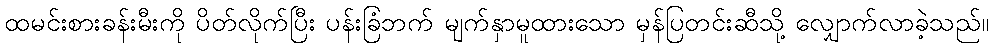
ထမင်းစားခန်းမီးကို ပိတ်လိုက်ပြီး ပန်းခြံဘက် မျက်နှာမူထားသော မှန်ပြတင်းဆီသို့ လျှောက်လာခဲ့သည်။